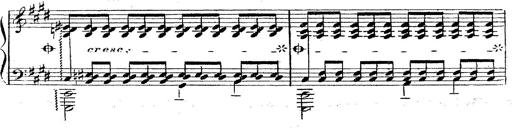
Title: 12 Lieder von Franz Schubert
Composer: Franz Liszt